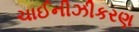
ચાઈનીઝીકરણ